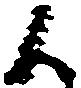
候